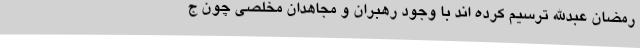
رمضان عبدالله ترسیم کرده اند با وجود رهبران و مجاهدان مخلصی چون ج